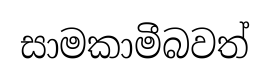
සාමකාමීබවත්